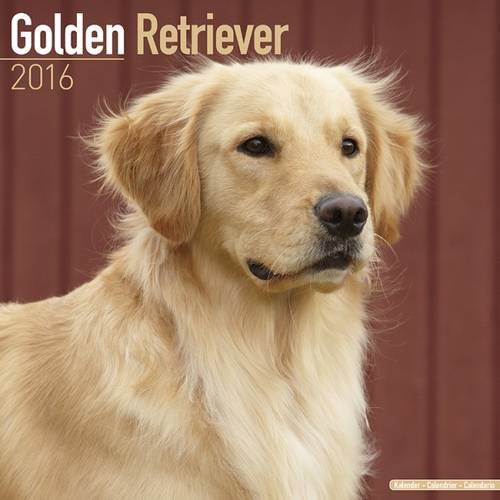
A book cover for Golden Retriever Calendar - Only Dog Breed Golden Retriever Calendar - 2016 Wall calendars - Dog Calendars - Monthly Wall Calendar by Avonside; MegaCalendars; Calendars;